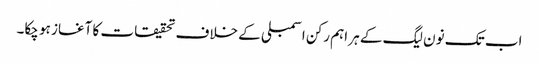
اب تک نون لیگ کے ہر اہم رکن اسمبلی کے خلاف تحقیقات کا آغاز ہو چکا۔